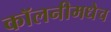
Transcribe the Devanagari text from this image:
कॉलनीमधेच